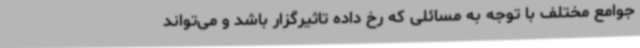
جوامع مختلف با توجه به مسائلی که رخ داده تاثیرگزار باشد و می‌تواند